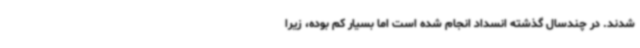
شدند. در چندسال گذشته انسداد انجام شده است اما بسیار کم بوده، زیرا